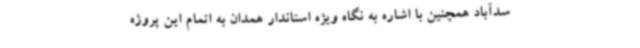
سدآباد همچنین با اشاره به نگاه ویژه استاندار همدان به اتمام این پروژه